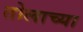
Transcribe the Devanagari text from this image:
तोलाच्या